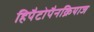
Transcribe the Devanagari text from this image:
हिपैटोपैनक्रियाज